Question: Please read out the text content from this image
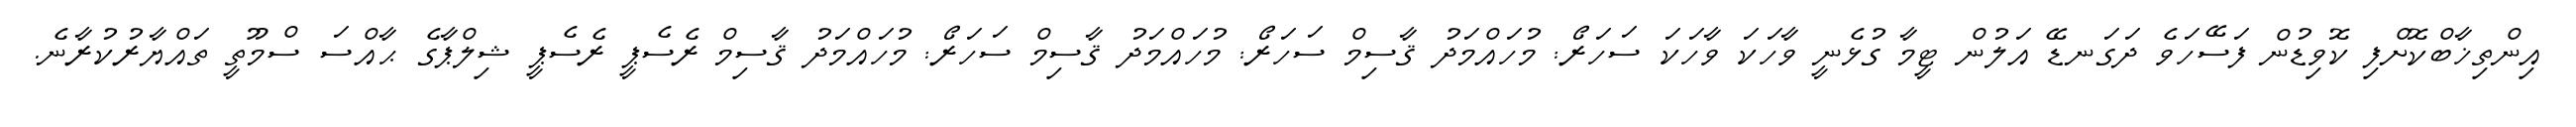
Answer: އިންތިޚާބްކޮށްފި ކޮވިޑުން ފަސޭހަވެ ދަގަނޑޭ އަލުން ޓީމާ ގުޅެނީ ވާހަކަ ވާހަކަ ސަހަރޯ: މުހައްމަދު ޤާސިމް ސަހަރޯ: މުހައްމަދު ޤާސިމް ސަހަރޯ: މުހައްމަދު ޤާސިމް ރެސެޕީ ރެސެޕީ ޝިލްޕާގެ ޙާއްސަ ސްމޫތީ ތައްޔާރުކުރާނެ.